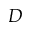
D